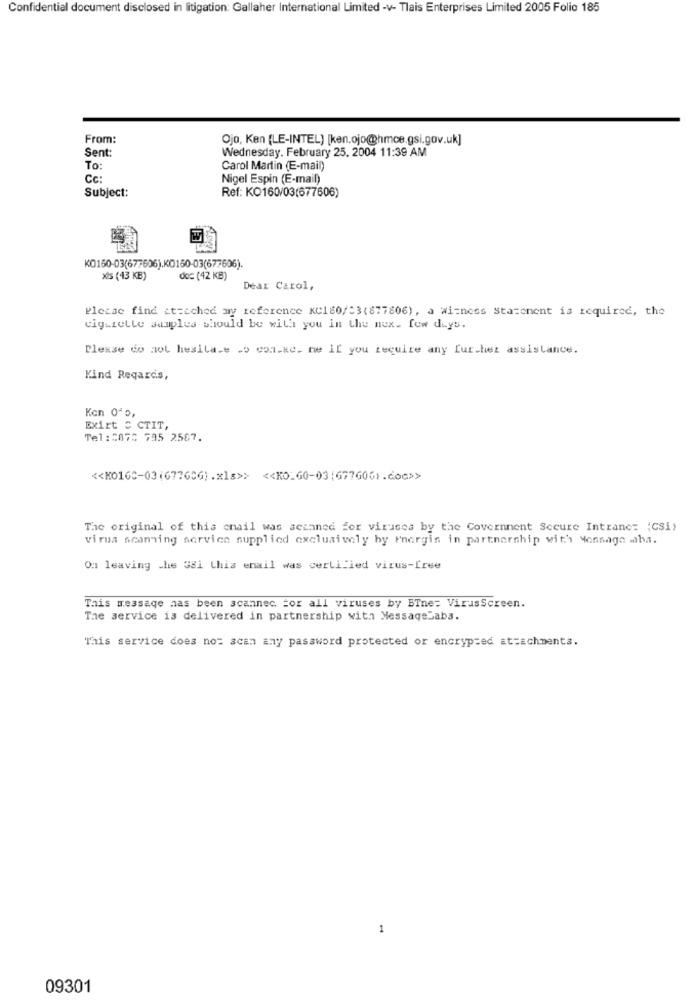
Confidential document disclosed in litigation: Gallaher International Limited -v- Tlais Enterprises Limited 2005 Folio 185
From:
Ojo, Ken (LE-INTEL] [ken.ojo@hmce.gsi.gov.uk]
Sent:
Wednesday, February 25, 2004 11:39 AM
To:
Carol Martin (E-mail)
Nigel Espin (E-mail)
Subject:
Ref: KO160/03(677606)
KO150-03(677606).K0160-03(677606).
xis (43 KB)
do= (42 KB)
Dear Carol,
Please find it=ached my reference KC180/33(877806) , a witness Statement is required, the
cigazelle samples should be with you in the mex. few days.
Please do aol hesila.e .o con.ke. me If you require any further assistance.
Kind Regards,
Ken 0ª0,
Exirt = CTIT,
Tel:0872 795 2567.
<< KO165-03(67765G).xls>> << KO_60-03:677606).doc>>
The original of this email was scianed for viruses by the Covernnent Secure Intrane= (CSi)
virus scanning service supplied exclusively by energin in partnership with Message wba.
Ou leaving che 381 this email was certified virus-free
This message has been scannec. for all viruses by BTne: VirusScreen.
The service is delivered in partnership with MessageLabs.
This service does not scan any password protected or encrypted attachments.
1
09301